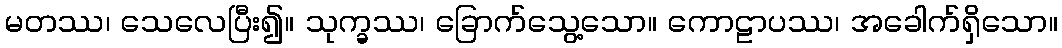
မတဿ၊ သေလေပြီး၍။ သုက္ခဿ၊ ခြောက်သွေ့သော။ ကောဠာပဿ၊ အခေါက်ရှိသော။